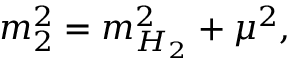
m _ { 2 } ^ { 2 } = m _ { H _ { 2 } } ^ { 2 } + \mu ^ { 2 } ,